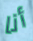
أنا